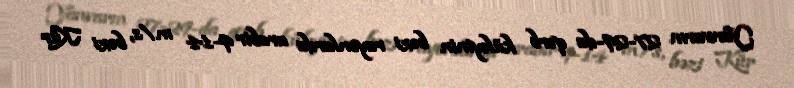
Yanvarın 27-29-da qərb küləyinin bəzi rayonlarda arabir 9-14 m/s, bəzi Kür